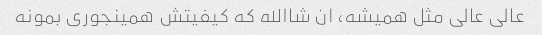
عالی عالی مثل همیشه، ان شاالله که کیفیتش همینجوری بمونه